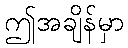
ဤအချိန်မှာ